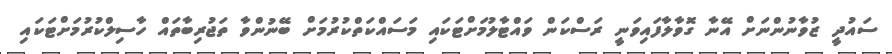
ސައުދީ ޒުވާނުންނަށް އޭނާ ގޮވާލާފައިވަނީ ރަސްކަން ވައްޓާލުމަށްޓަކައި މަސައްކަތްކުރުމަށް ބޭނުންވާ ތަޖުރިބާތައް ހާސިލްކުރުމަށްޓަކައި